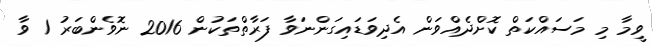
ވީމާ މި މަސައްކަތް ކޮށްދެއްވަން އެދިވަޑައިގަންނަވާ ފަރާތްތަކުން 2016 ނޮވެންބަރު 1 ވާ